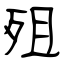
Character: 殂